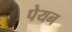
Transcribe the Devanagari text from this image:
पेयन